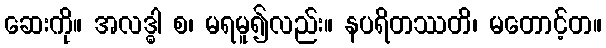
ဆေးကို။ အလဒ္ဓါ စ၊ မရမူ၍လည်း။ နပရိတဿတိ၊ မတောင့်တ။